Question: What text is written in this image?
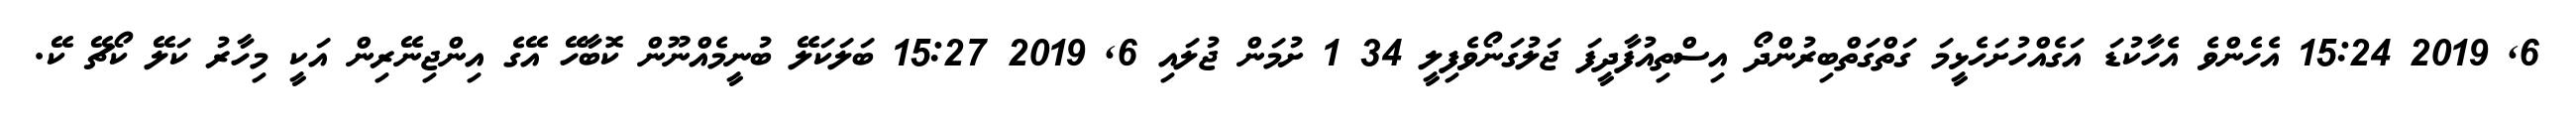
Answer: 6, 2019 15:24 އެހެންވެ އެހާކުޑަ އަގެއްހުށަހެޅީމަ ގަތްގަތްބިރުންދޯ އިސްތިއުފާދީފަ ޖަލުގަނޯވެފިލީ 34 1 ށުމަން ޖުލައި 6, 2019 15:27 ބަލަކަލޭ ބުނީމެއްނޫން ކޮބާހޭ އޭގެ އިންޖިނޭރިން އަކީ މިހާރު ކަލޭ ކޯޗޭ ކޭ.